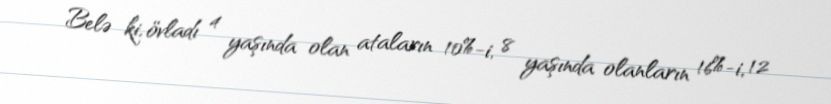
Belə ki, övladı 4 yaşında olan ataların 10%-i, 8 yaşında olanların 16%-i, 12